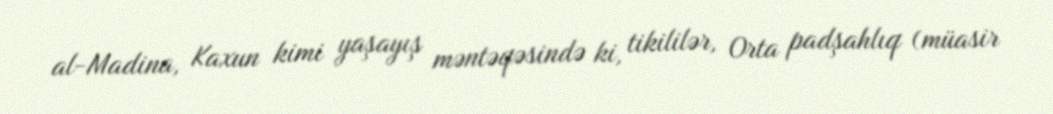
al-Madina, Kaxun kimi yaşayış məntəqəsində ki, tikililər, Orta padşahlıq (müasir